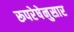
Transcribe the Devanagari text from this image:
रूपरेषेनुसार